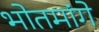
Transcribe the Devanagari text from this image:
भोतमांगे